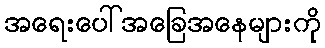
အရေးပေါ်အခြေအနေများကို